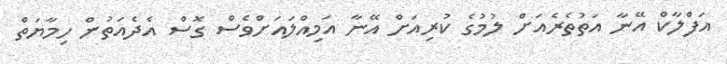
އަފްލާކް އޭނާ އަތުތެރެއަށް ލުމުގެ ކުރިއަށް އޭނާ އަމިއްލައަށްވެސް ގޮސް އެދެއަތުން ހިމާޔަތް